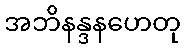
အဘိနန္ဒနဟေတု